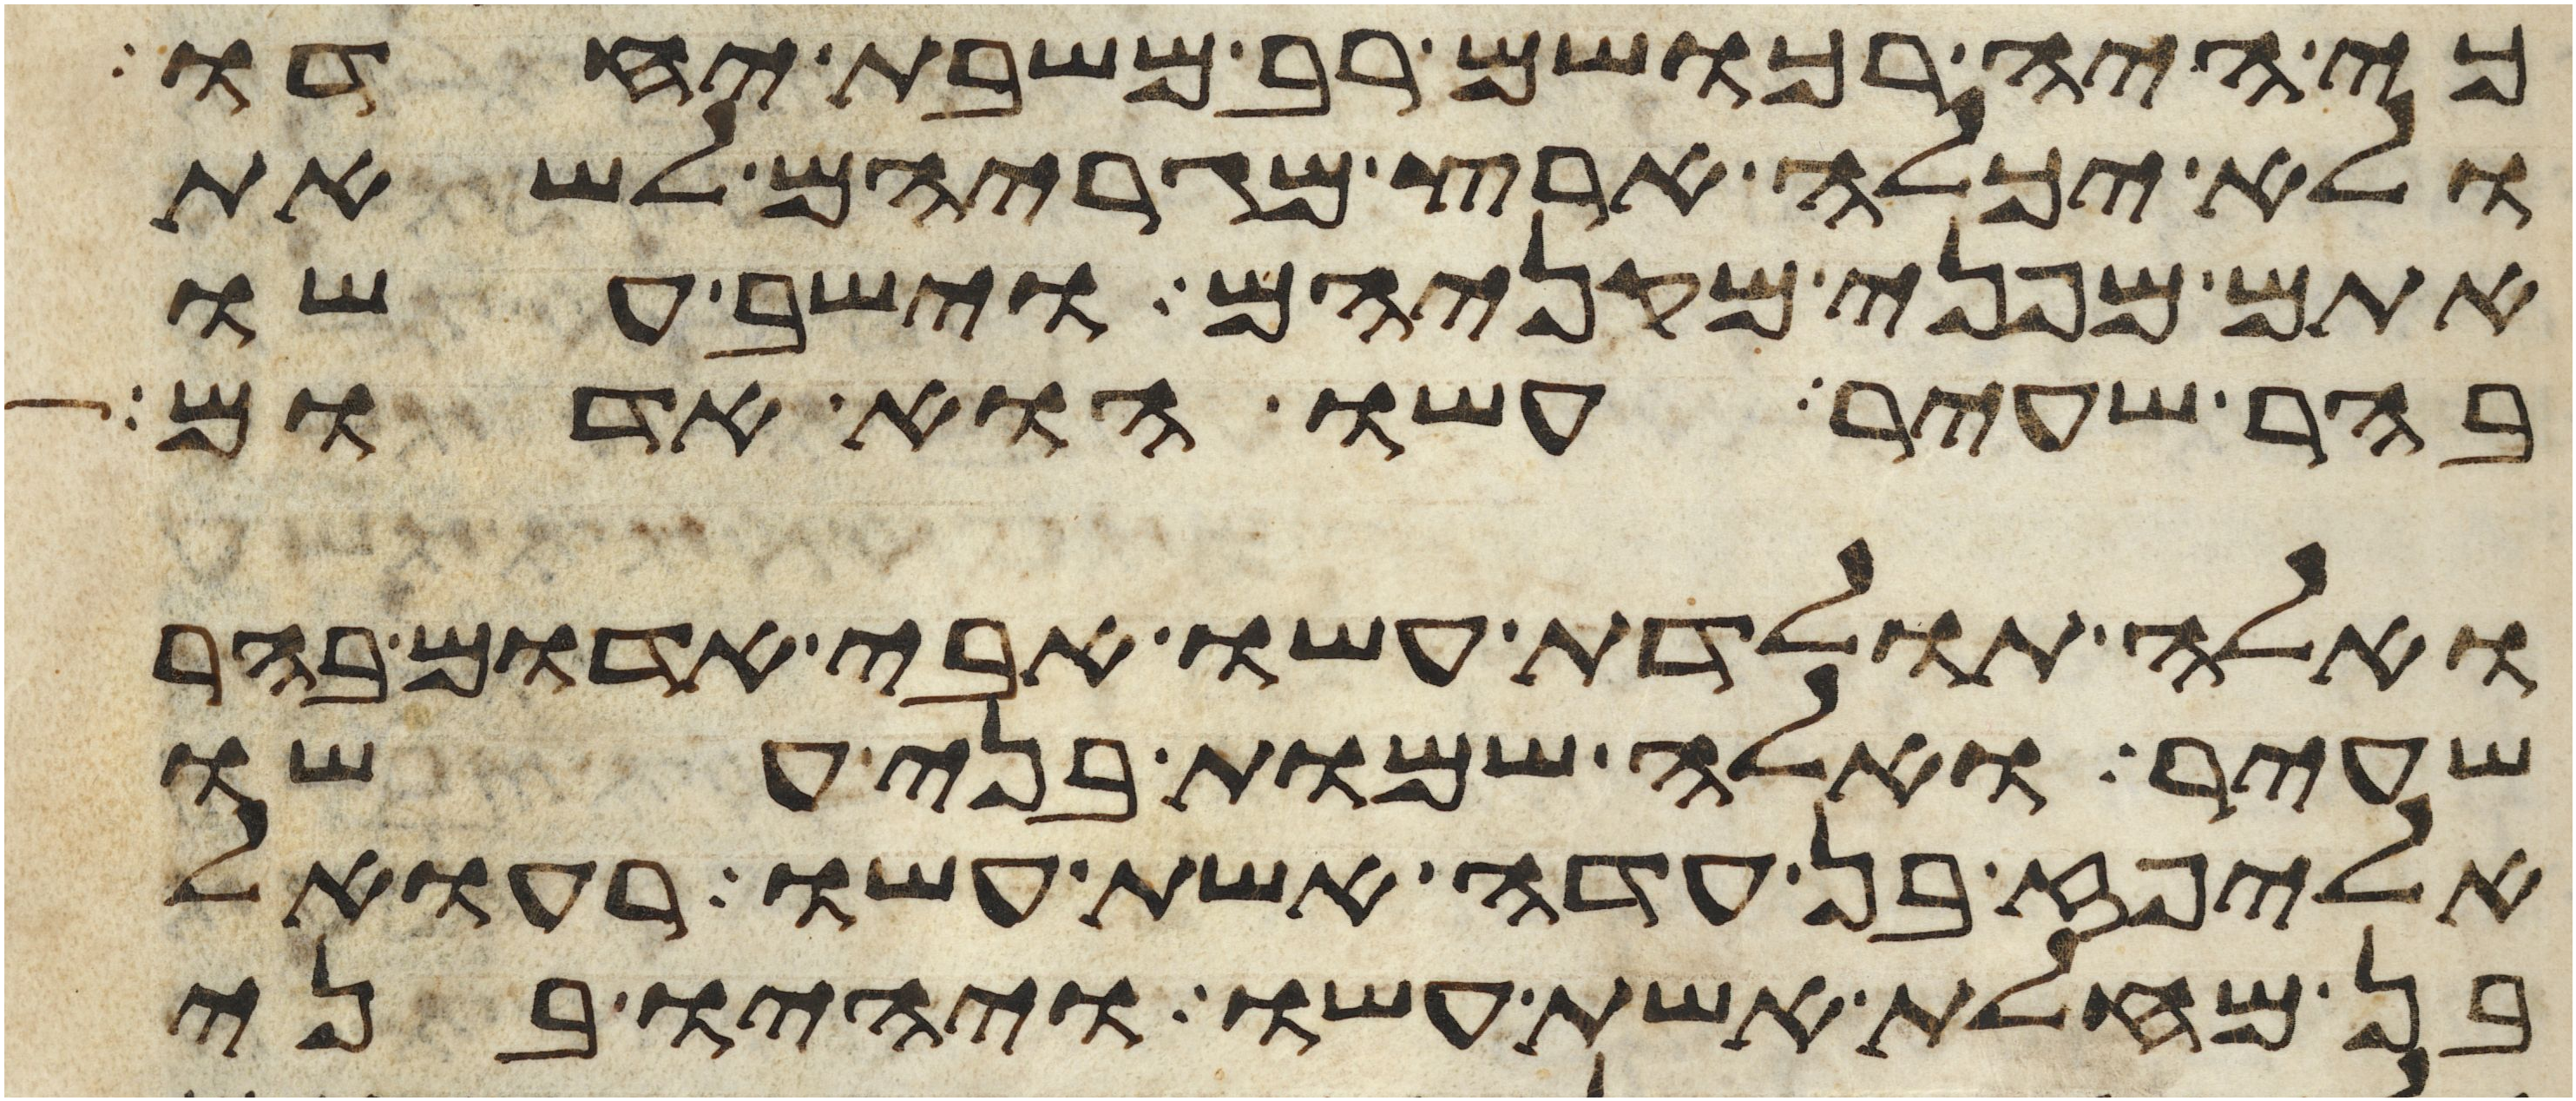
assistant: כי היה רכושם רב משבת יחדו
ולא יכלה ארץ מגריהם לשאת
אתם מפני מקניהם וישב עשו
בהר שעיר עשו הוא אדום
ואלה תולדת עשו אבי אדום בהר
שעיר ואלה שמות בני עשו
אליפז בן עדה אשת עשו רעואל
בן מחלת אשת עשו ויהיו בני